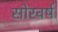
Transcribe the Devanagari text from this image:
सोरवर्ष